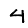
Digit: 4